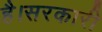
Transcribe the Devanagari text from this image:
है।सरकारी